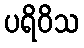
ပရိဝိသ